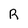
Character: R